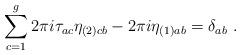
LaTeX: \begin{align*}\sum_{c=1}^g2\pi i\tau_{ac}\eta _{(2)cb}-2\pi i\eta _{(1)ab}=\delta _{ab}\ .\end{align*}